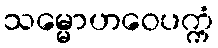
သမ္မောဟဝေပက္ကံ